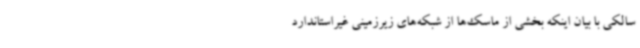
سالکی با بیان اینکه بخشی از ماسک‌ها از شبکه‌های زیرزمینی غیراستاندارد